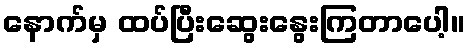
နောက်မှ ထပ်ပြီးဆွေးနွေးကြတာပေါ့။